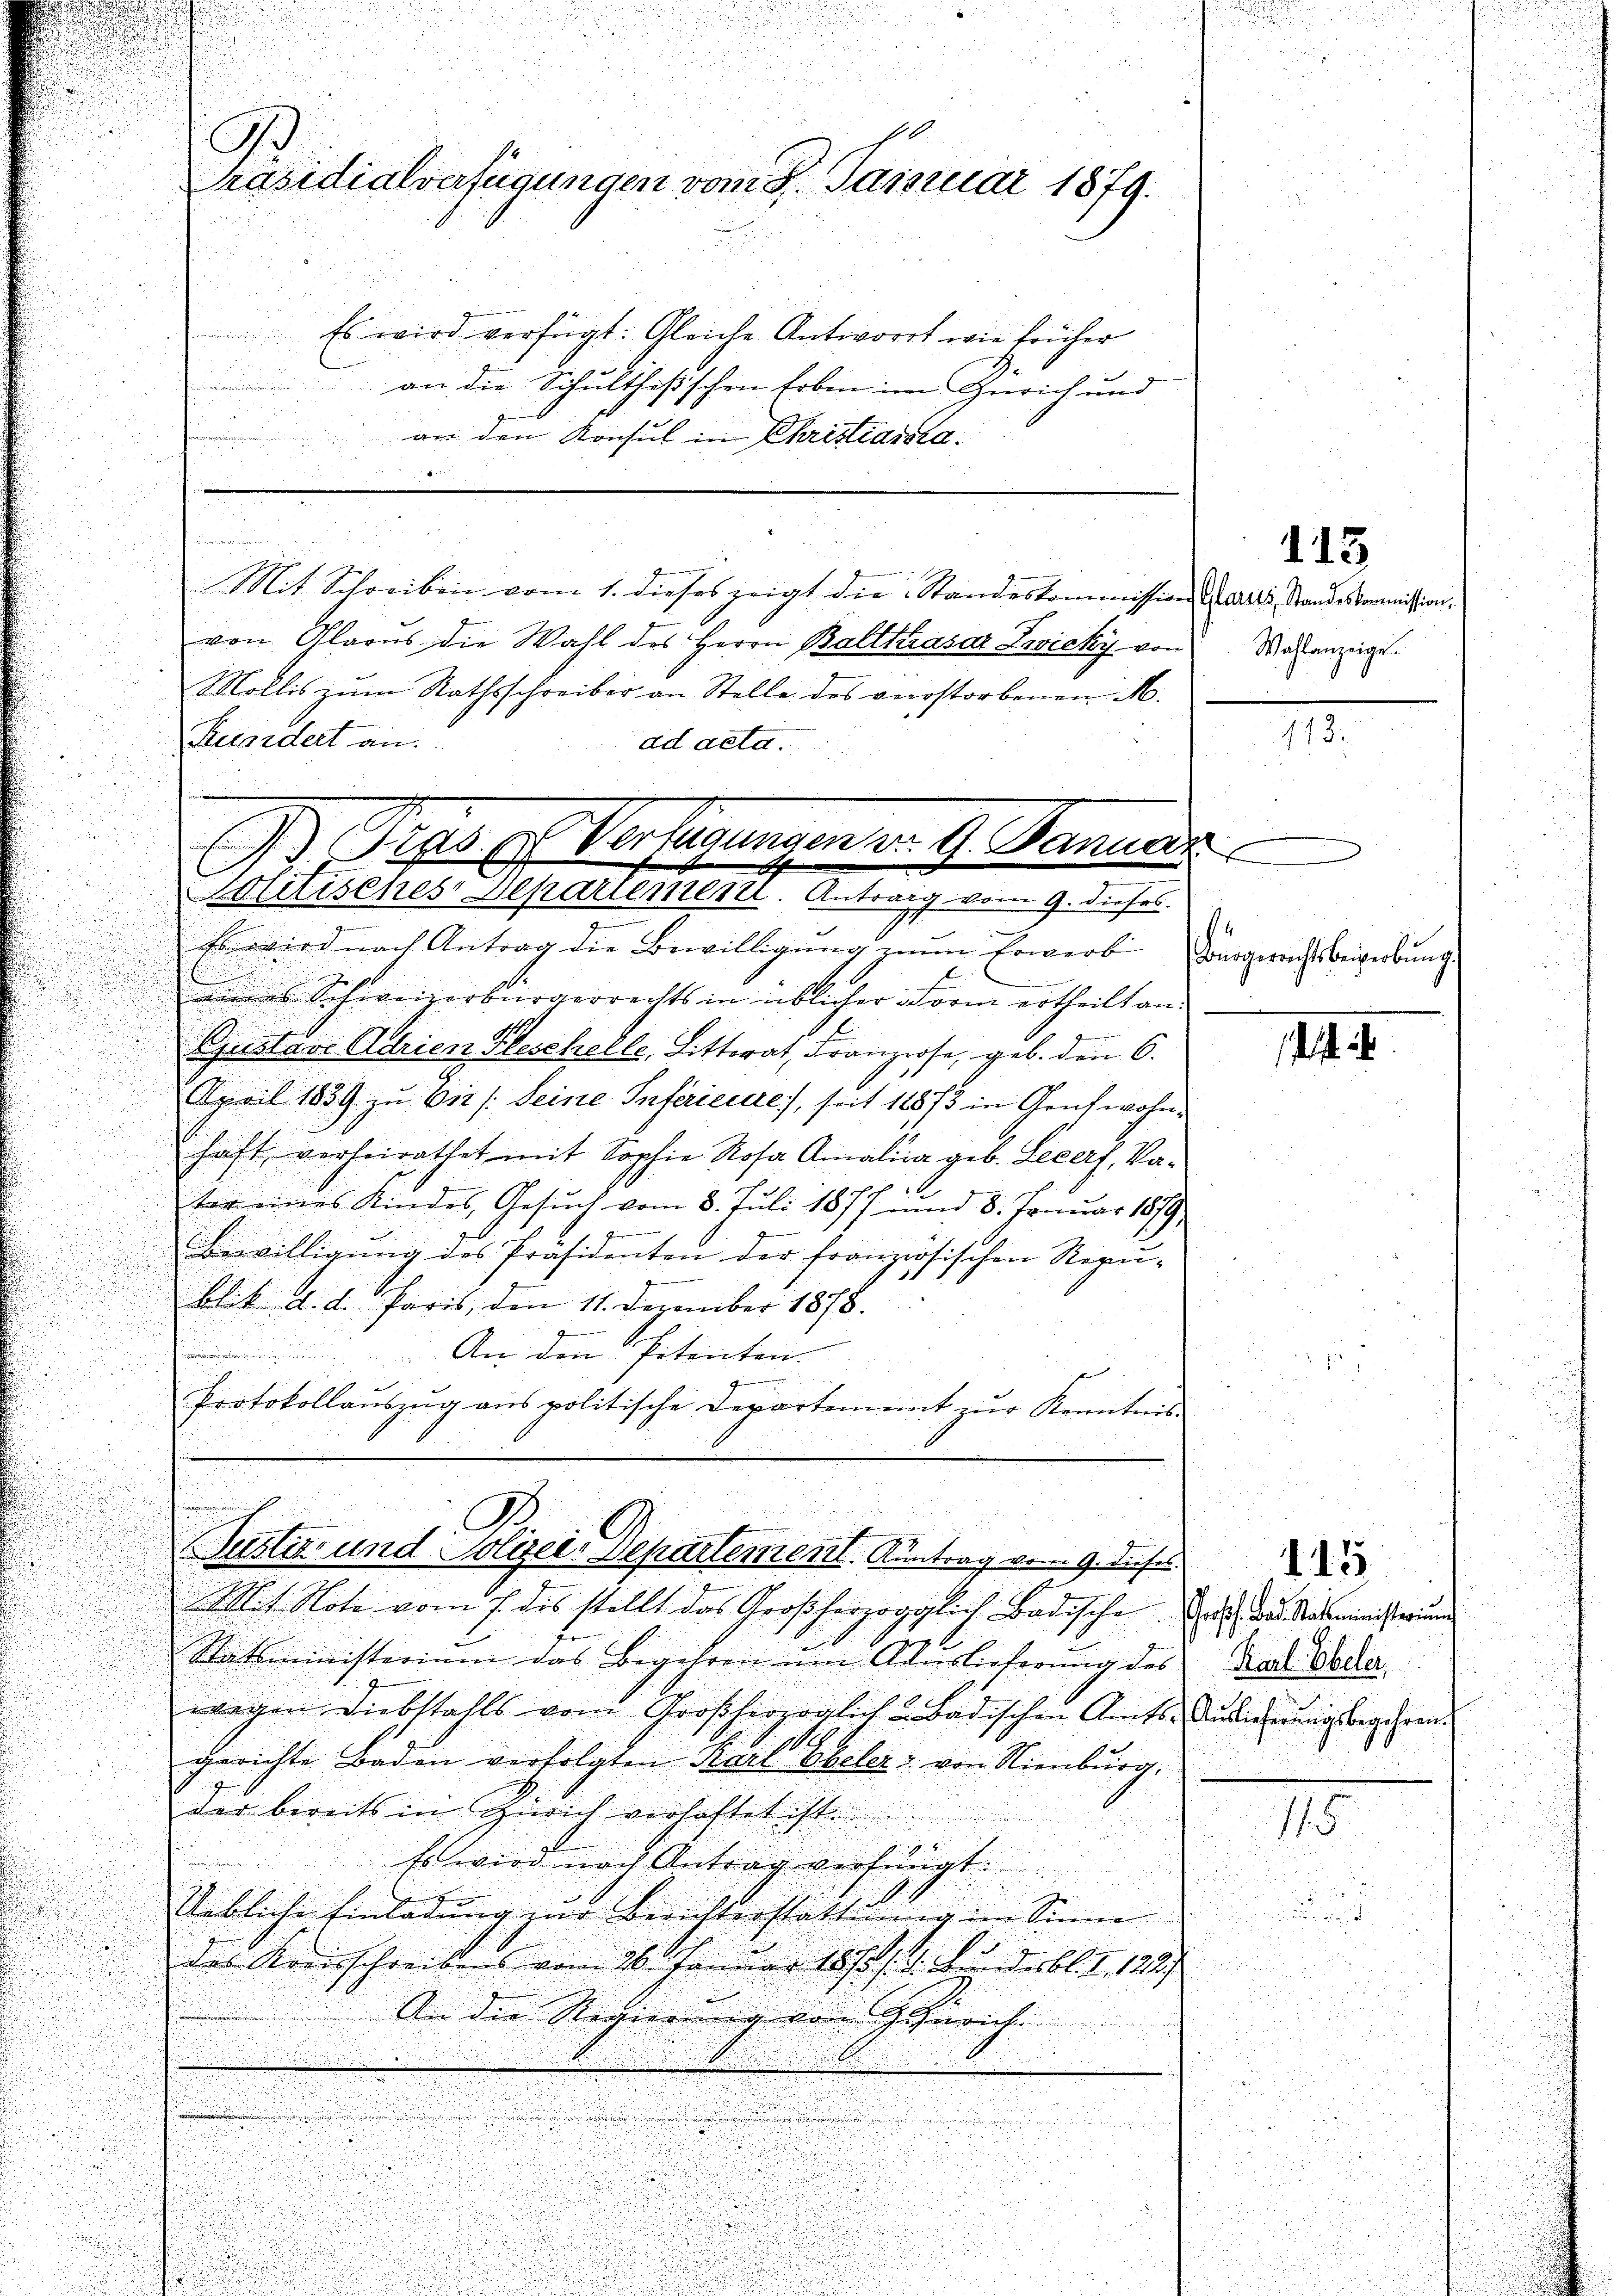
an den Konsul in Christiania.
.
i
Mit Schreiben vom 1. dieses zeigt die Standeskommission adres, Standeskommission,
von Glarus die Wahl des Herrn Balthasar Zwicky von
Mollis zum Rathsschreiber an Stelle des verstorbenen M.
Kiardert an.
ad acta.
e
Es wird nach Antrag die Bewilligung zum Erwerb Bourgerrichtsbeiverbung.
n
venes Schweizerbürgerrechts in üblicher vom ertheilt an:
f
Gjustav Adrien Kleschelle, Litterat, Franzose, geb. den 6.
April 1839 zu Dir /: Seine Inferiecere), seit 18873 in Genf wohn¬
.
haft, verheirathet mit Sophie Rosa Amalina geb. Lecerf, Vater eines Kindes, Gesuch vom 8. Juli 1877 und 8. Freuar 1879,
Bewilligŭng des Präsidenten der französischen Repu-
blik d. d. Paris, den 11. Dezember 1878.
 An den Petenten- |
u
e
Protokollauszug aus politische Departement zur Kenntnis

A.
Präsidialverfügungen vom 9. Januar 1879.
 Es wird verfügt: Gleiche Antwort wie früher
n
an die Schultheßischen Erben im Zürich und

D Præsef Verfügungen v. 9. Januar
Politisches Departement. Antrag vom 9. dieses.

Mit Note vom 7. des stellt das Großherzogglich Badische Er das Ratsministerun
s
Statsministerium das Begehren um Aberlieferŭng des Rat Bader
wegen Diebstahls vom Großherzoglich 2 Bädischen Amts
gerichte Baden verfolgten Karl Ebelers von Nienburg,
der bereits in Zürich verhaftet ist.
Es wird nach Antrag verfängt.
Uebliche Einladung zur Berichterstattung im Sinne
des Kreisschreibens von 26. Januar 1870/. d. Bundesbl. S. 122.
An die Regierung von Heinrich.
.

u
Justiz- und Polizei-Departement. Antrag vom 9. diese

113
Wahlanzeige.

14

115

1.12.

E. Auslieferungsbegehren.